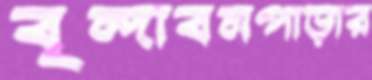
বৃন্দাবনপাড়ার